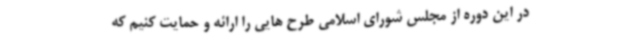
در این دوره از مجلس شورای اسلامی طرح هایی را ارائه و حمایت کنیم که